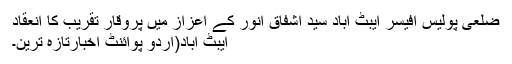
ضلعی پولیس آفیسر ایبٹ آباد سید اشفاق انور کے اعزاز میں پروقار تقریب کا انعقاد
ایبٹ آباد(اُردو پوائنٹ اخبارتازہ ترین۔